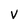
Character: v